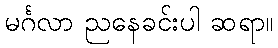
မင်္ဂလာ ညနေခင်းပါ ဆရာ။